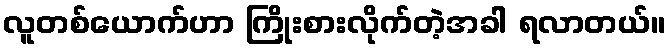
လူတစ်ယောက်ဟာ ကြိုးစားလိုက်တဲ့အခါ ရလာတယ်။